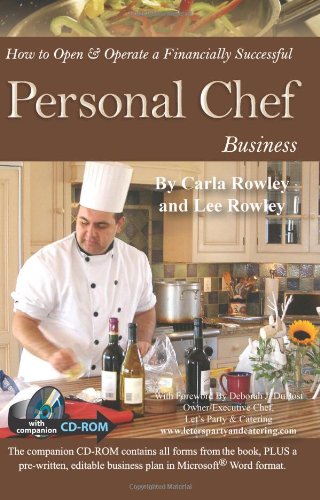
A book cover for How to Open & Operate a Financially Successful Personal Chef Business: With Companion CD - ROM; Carla Rowley; Cookbooks, Food & Wine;